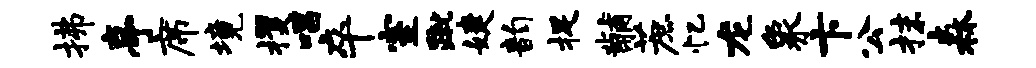
拂亭席境攫唱卒室蹴婕韵捉黼蔗忆龙象卞公抹森